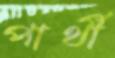
পার্থী